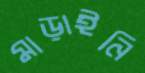
মাড়াইনি